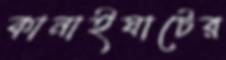
কানাইঘাটের